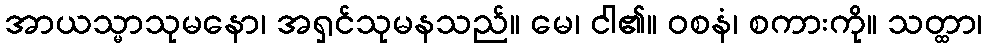
အာယသ္မာသုမနော၊ အရှင်သုမနသည်။ မေ၊ ငါ၏။ ဝစနံ၊ စကားကို။ သတ္ထာ၊